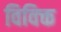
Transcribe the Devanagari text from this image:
विविक्त